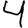
Digit: 4